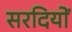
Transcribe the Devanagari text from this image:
सरदियों